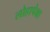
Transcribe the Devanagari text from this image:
लोहापेक्षा